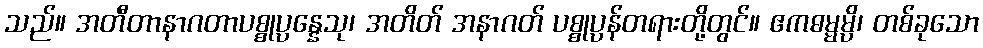
သည်။ အတီတာနာဂတာပစ္စုပ္ပန္နေသု၊ အတိတ် အနာဂတ် ပစ္စုပ္ပန်တရားတို့တွင်။ ဧကဓမ္မမ္ပိ၊ တစ်ခုသော